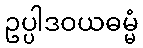
ဥပ္ပါဒဝယဓမ္မံ